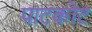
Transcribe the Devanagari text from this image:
पाटकोट